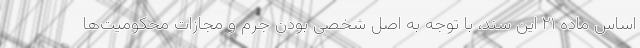
اساس ماده ۲۱ این سند، با توجه به اصل شخصی بودن جرم و مجازات محکومیت‌ها